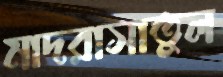
মাদরাসাতুল